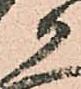
候